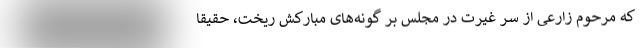
که مرحوم زارعی از سر غیرت در مجلس بر گونه‌های مبارکش ریخت، ‌حقیقاً